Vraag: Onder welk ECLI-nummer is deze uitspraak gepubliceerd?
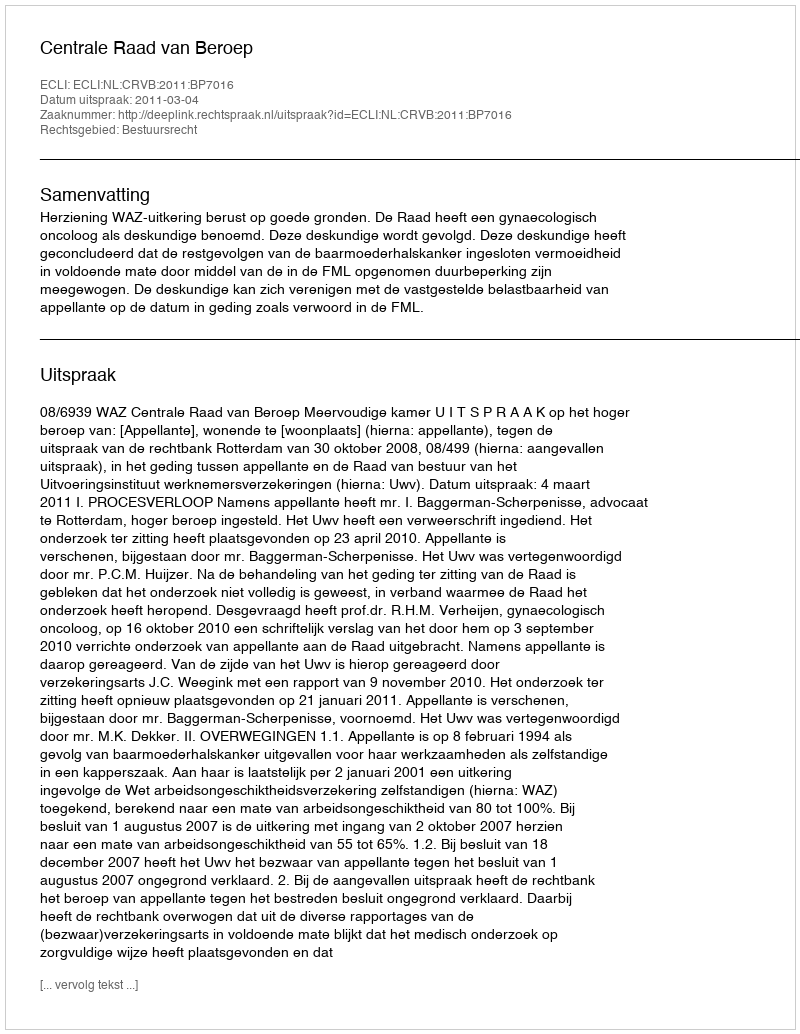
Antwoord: ECLI:NL:CRVB:2011:BP7016